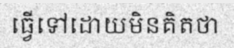
ធ្វើទៅដោយមិនគិតថា